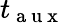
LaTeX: t_{\mathrm{~a~u~x~}}